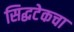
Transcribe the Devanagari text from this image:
सिद्धटेकचा